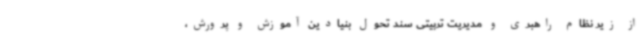
از زیر نظام راهبری و مدیریت تربیتی سند تحول بنیادین آموزش و پرورش،